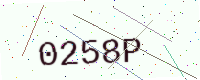
Text: 0258P